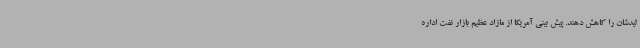
لیدشان را کاهش دهند. پیش بینی آمریکا از مازاد عظیم بازار نفت اداره